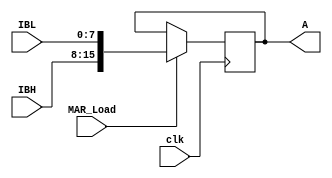
`timescale 1ns / 1ps
//////////////////////////////////////////////////////////////////////////////////
// Company: 
// Engineer: 
// 
// Design Name: 
// Module Name:    EPMP_MAR 
// Project Name: 
// Target Devices: 
// Tool versions: 
// Description: 
//
// Dependencies: 
//
// Revision: 
// Revision 0.01 - File Created
// Additional Comments: 
//
//////////////////////////////////////////////////////////////////////////////////
module EPMP_MAR(IBL, IBH, MAR_Load, clk, A);
    input [7:0] IBL;
    input [7:0] IBH;
    input MAR_Load;
    input clk;
    output reg [15:0] A;

always @ (posedge clk)
	if (MAR_Load)
		A <= {IBH,IBL} ;
	else
		A <= A ;

endmodule